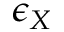
\epsilon _ { X }